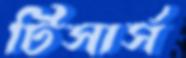
টিসার্স